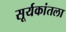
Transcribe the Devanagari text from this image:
सूर्यकांतला